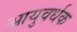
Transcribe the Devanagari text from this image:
आयुवर्धक